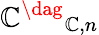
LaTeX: {\mathbb{C}^{\dag}}_{\mathbb{C},n}